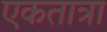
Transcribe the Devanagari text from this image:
एकतात्रा